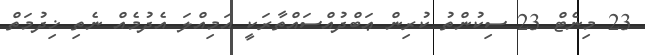
23 މިނެޓް 23 ސިކުންތު ކުރިން ޢަބްދުއްސައްތާރަކީ އަމިއްލަ އެދުމެއް ނެތި ޚިދުމަތް